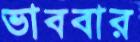
ভাববার